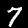
Label: 7